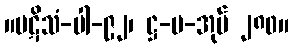
။ပဋိသံ-ပါ-၉၂၊ ဋ္ဌ-ပ-အုပ် ၂၈၀။